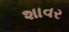
શાવર